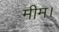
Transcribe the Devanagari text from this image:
मीम।